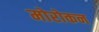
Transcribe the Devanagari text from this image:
मोरोकन